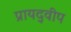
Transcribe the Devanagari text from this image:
प्रायद्‍वीप